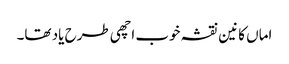
اماں کانین نقشہ خوب اچھی طرح یاد تھا۔